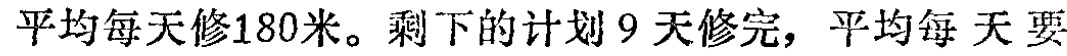
平均每天修180米。剩下的计划9天修完，平均每天要